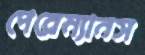
পেরেম্যানস